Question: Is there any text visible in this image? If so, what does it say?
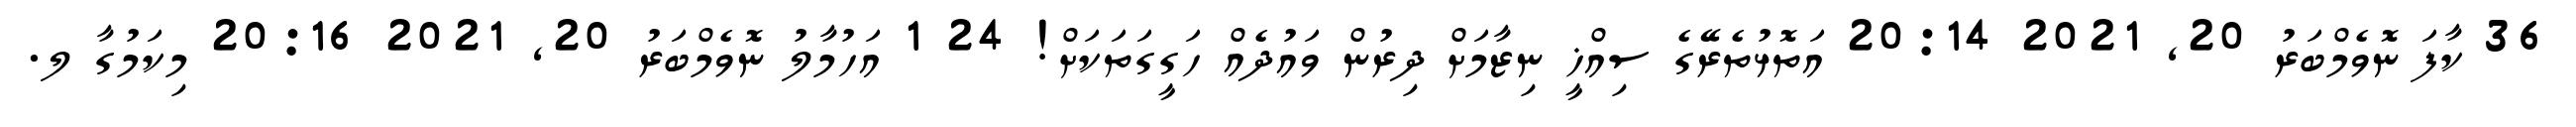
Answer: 36 ކާފަ ނޮވެމްބަރު 20, 2021 20:14 އަތޮޅުތެރޭގެ ސިއްޚީ ނިޒާމަށް ދިރުން ވައުދެއް ހަގީގަތަކަށް! 24 1 އަހުމާލު ނޮވެމްބަރު 20, 2021 20:16 މިކަމުގާ ލ.